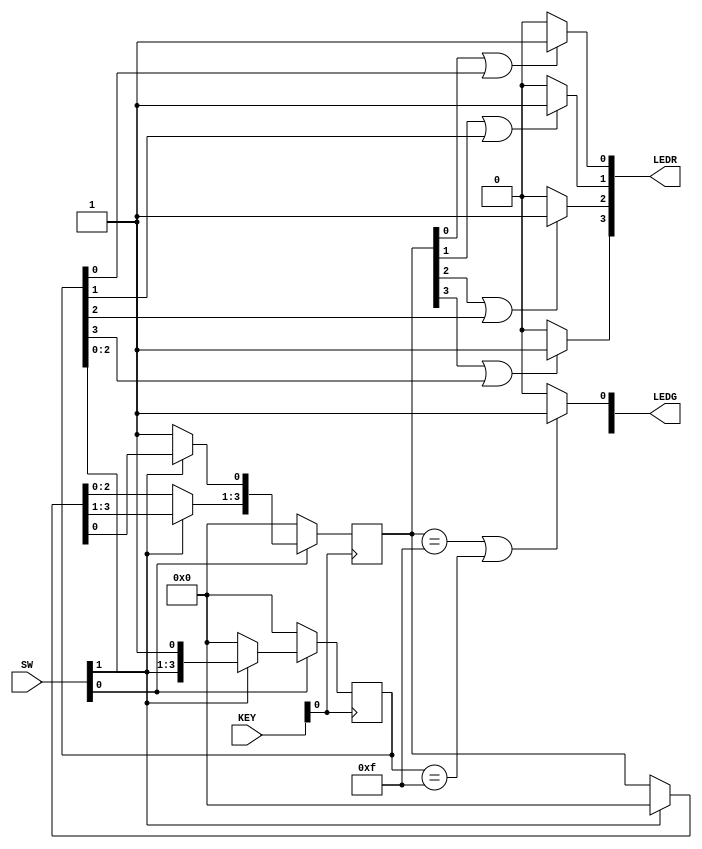
//This program uses verilog code to implement shift registers to imitate the fsm to detect four consecutive 0's or 1 consecutive 1's.
//SW[0] is an active low synchronous reset
//SW[1] is the input to the FSM emulator
//KEY[0] is the clock
module Lab73 (SW, LEDR, LEDG, KEY);
input [17:0]SW;
output [17:0]LEDR;
output [7:0]LEDG;
input [3:0]KEY;

reg [3:0] zeros, ones; // zeros represents current state, ones represents next state
reg [0:0] reset_state;

always @(!SW[0])
begin: state_table
	if (!SW[0]) begin
		reset_state = 1;
	end
	else begin
		reset_state = 0;
	end
end // state_table

always @(posedge KEY[0])
begin: state_FFS
	if (reset_state) begin
		zeros = 4'b0000;
		ones = 4'b0000;
	end
	else begin
		if (SW[1]) begin
			zeros = 4'b0000;
			ones = ones << 1;
			ones[0] = 1;
		end
		if (!SW[1]) begin
			ones = 4'b0000;
			zeros = zeros << 1;
			zeros[0] = 1;
		end
	end
end // state_FFS

assign LEDG[0] = (zeros == 4'b1111 || ones == 4'b1111)?1:
				   0;
assign LEDR[0] = (zeros[0] == 1 || ones[0] == 1)?1:
				   0;
assign LEDR[1] = (zeros[1] == 1 || ones[1] == 1)?1:
				   0;
assign LEDR[2] = (zeros[2] == 1 || ones[2] == 1)?1:
				   0;
assign LEDR[3] = (zeros[3] == 1 || ones[3] == 1)?1:
				   0;
endmodule